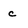
Character: c